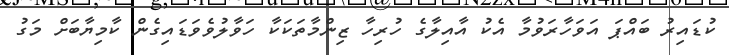
ކުޑައިރު ބައްޕަ އަވަހާރަވުމާ އެކު އާއިލާގެ ހުރިހާ ޒިންމާތަކަކާ ހަވާލުވެވަޑައިގެން ކާމިޔާބަށް މަގު